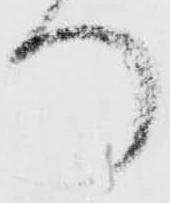
り